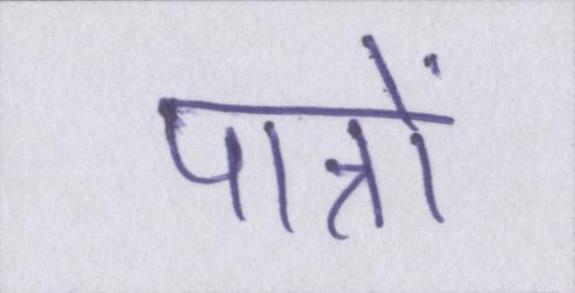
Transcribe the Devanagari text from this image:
पात्रों